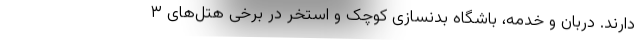
دارند. دربان و خدمه، باشگاه بدنسازی کوچک و استخر در برخی هتل‌های ۳